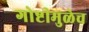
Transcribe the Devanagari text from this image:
गोष्टीमुळेच